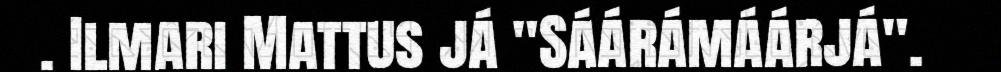
. Ilmari Mattus já "Sáárámáárjá".